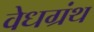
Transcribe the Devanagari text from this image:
वेधग्रंथ